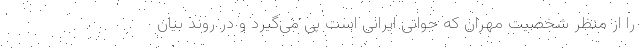
را از منظر شخصیت مهران که جوانی ایرانی است پی می‌گیرد و در روند بیان